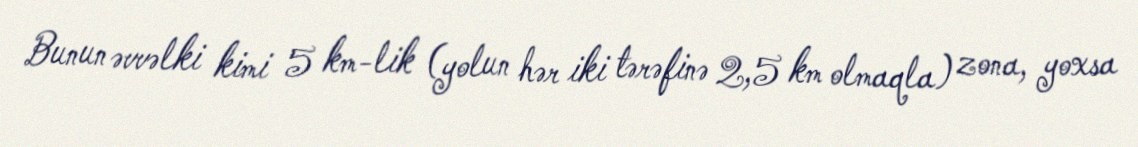
Bunun əvvəlki kimi 5 km-lik (yolun hər iki tərəfinə 2,5 km olmaqla) zona, yoxsa